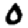
Digit: 0